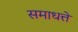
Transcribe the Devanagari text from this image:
समाधत्ते